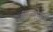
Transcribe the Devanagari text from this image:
आत्मोसर्ग